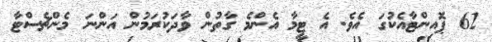
62 ޕޮއިންޓާއެކުގަ އެވެ. އެ ޓީމާ އެންމެ ގާތުން ވާދަކުރަމުން އަންނަ މެންޗެސްޓާ